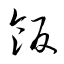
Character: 飯